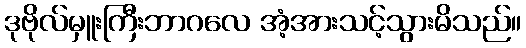
ဒုဗိုလ်မှူးကြီးဘာဂလေ အံ့အားသင့်သွားမိသည်။